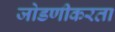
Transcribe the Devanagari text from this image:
जोडणीकरता